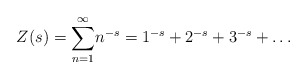
\begin{align*}Z(s)=\underset{n=1}{\overset{\infty }{\sum }}n^{-s}=1^{-s}+2^{-s}+3^{-s}+\ldots \end{align*}